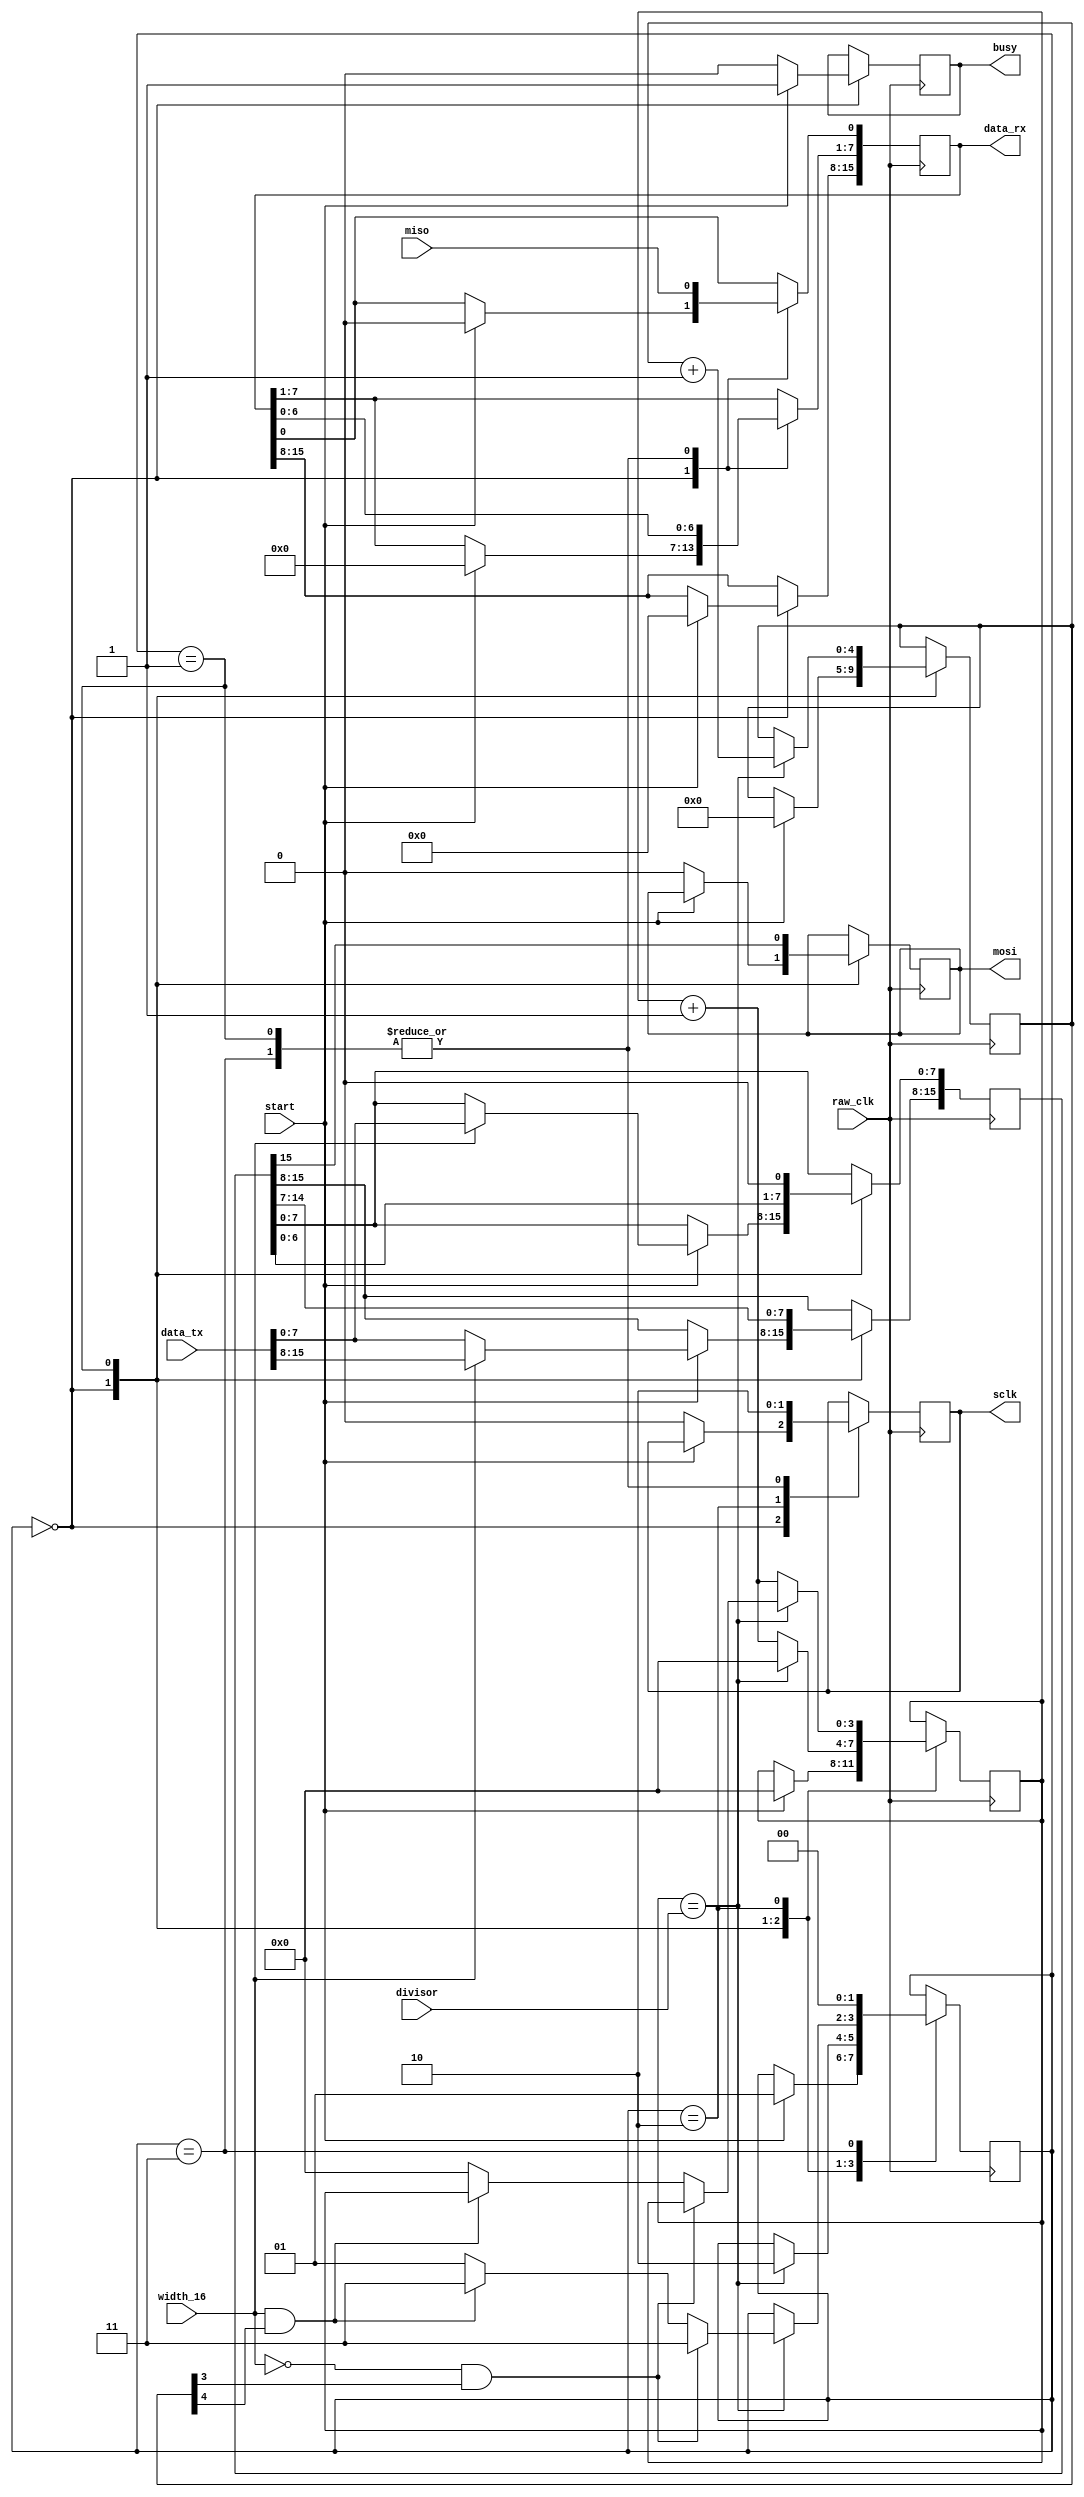
// Ferrati F100-L FPGA Soft Processor
//     Web: https://www.mikekohn.net/
//   Board: iceFUN iCE40 HX8K
// License: MIT
//
// Copyright 2023 by Michael Kohn

module spi
(
  input  raw_clk,
  input  [3:0] divisor,
  input  start,
  input  width_16,
  input  [15:0] data_tx,
  output [15:0] data_rx,
  output busy,
  output reg sclk,
  output reg mosi,
  input  miso
);

reg is_running = 0;

reg [1:0] state = 0;
reg [15:0] rx_buffer;
reg [15:0] tx_buffer;
reg [4:0] count;

assign data_rx = rx_buffer;
assign busy = is_running;

parameter STATE_IDLE    = 0;
parameter STATE_CLOCK_0 = 1;
parameter STATE_CLOCK_1 = 2;
parameter STATE_LAST    = 3;

reg [3:0] clock_counter = 0;

always @(posedge raw_clk) begin
  case (state)
    STATE_IDLE:
      begin
        if (start) begin
          if (width_16)
            tx_buffer <= data_tx;
          else
            tx_buffer[15:8] <= data_tx[7:0];

          rx_buffer <= 8'h00;
          clock_counter <= 0;

          is_running <= 1;
          state <= STATE_CLOCK_0;
          count <= 0;
        end else begin
          is_running <= 0;
          mosi <= 0;
          sclk <= 0;
        end
      end
    STATE_CLOCK_0:
      begin
        sclk <= 0;

        //if (count != 0) rx_buffer <= { rx_buffer[6:0], miso };
        //rx_buffer <= { rx_buffer[6:0], miso };

        rx_buffer[7:1] <= rx_buffer[6:0];
        rx_buffer[0] <= miso;

        tx_buffer <= tx_buffer << 1;
        mosi <= tx_buffer[15];

        if (clock_counter == divisor) begin
          clock_counter <= 0;
          count <= count + 1;
          state <= STATE_CLOCK_1;
        end else begin
          clock_counter <= clock_counter + 1;
        end
      end
    STATE_CLOCK_1:
      begin
        sclk <= 1;

        if (clock_counter == divisor) begin
          if (width_16 == 0 && count[3]) begin
            state <= STATE_LAST;
          end else if (width_16 == 1 && count[4]) begin
            state <= STATE_LAST;
          end else begin
            clock_counter <= 0;
            state <= STATE_CLOCK_0;
          end
        end else begin
          clock_counter <= clock_counter + 1;
        end
      end
    STATE_LAST:
      begin
        sclk <= 0;
        //rx_buffer <= { rx_buffer[6:0], miso };
        //rx_buffer <= { rx_buffer[6:0], 1 };
        rx_buffer[7:1] <= rx_buffer[6:0];
        rx_buffer[0] <= miso;
        state <= STATE_IDLE;
      end
  endcase
end

endmodule